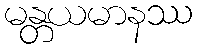
မန္တယမာနဿ